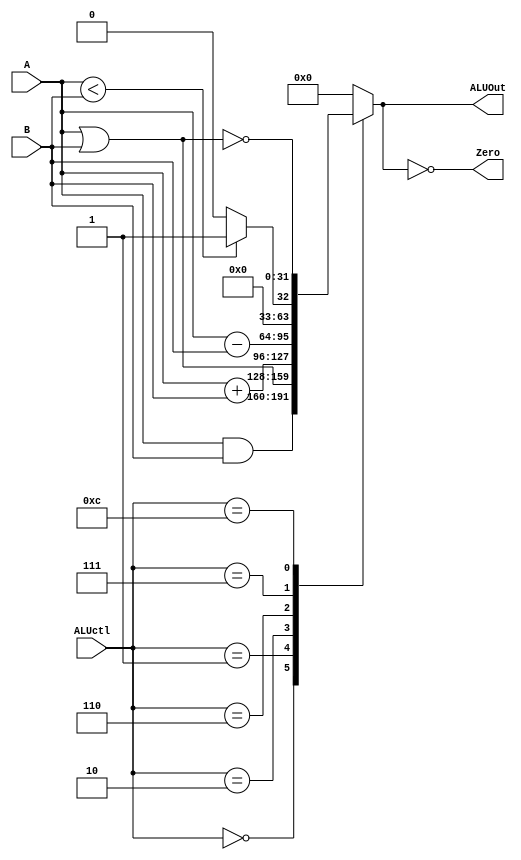
// 0516244 TAY CHUN KEAT ???

module ALU (ALUctl, A, B, ALUOut, Zero);
   input [4-1:0] ALUctl;
   input signed [32-1:0] A,B;
   output reg [32-1:0] ALUOut;
   output Zero;
   assign Zero = (ALUOut == 0);
   always @(ALUctl, A, B) begin
      case (ALUctl)
	0: ALUOut <= A & B;
	1: ALUOut <= A | B;
	2: ALUOut <= A + B;
	6: ALUOut <= A - B;
	7: ALUOut <= A < B ? 1 : 0;
	12: ALUOut <= ~(A | B);
	default: ALUOut <= 0;
      endcase
    end
endmodule